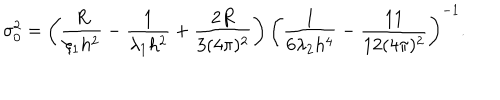
\sigma _ { 0 } ^ { 2 } = \left( \frac { R } { \xi _ { 1 } h ^ { 2 } } - \frac { 1 } { \lambda _ { 1 } h ^ { 2 } } + \frac { 2 R } { 3 ( 4 \pi ) ^ { 2 } } \right) \left( \frac { 1 } { 6 \lambda _ { 2 } h ^ { 4 } } - \frac { 1 1 } { 1 2 ( 4 \pi ) ^ { 2 } } \right) ^ { - 1 } .